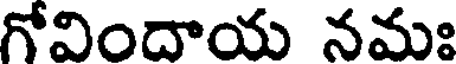
గోవిందాయ నమః